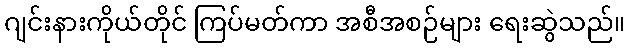
ဂျင်းနားကိုယ်တိုင် ကြပ်မတ်ကာ အစီအစဉ်များ ရေးဆွဲသည်။